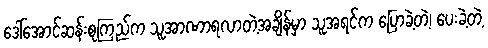
ဒေါ်အောင်ဆန်းစုကြည်က သူအာဏာရလာတဲ့အချိန်မှာ သူအရင်က ပြောခဲ့တဲ့၊ ပေးခဲ့တဲ့